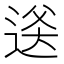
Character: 𬨫